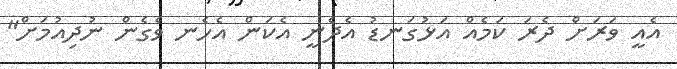
އެއީ ވަރަށް ދެރަ ކަމެއް އަޅުގަނޑު އެދެނީ އެކަން އެހެނ ވެގެން ނުދިއުމަށް"